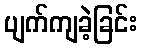
ပျက်ကျခဲ့ခြင်း